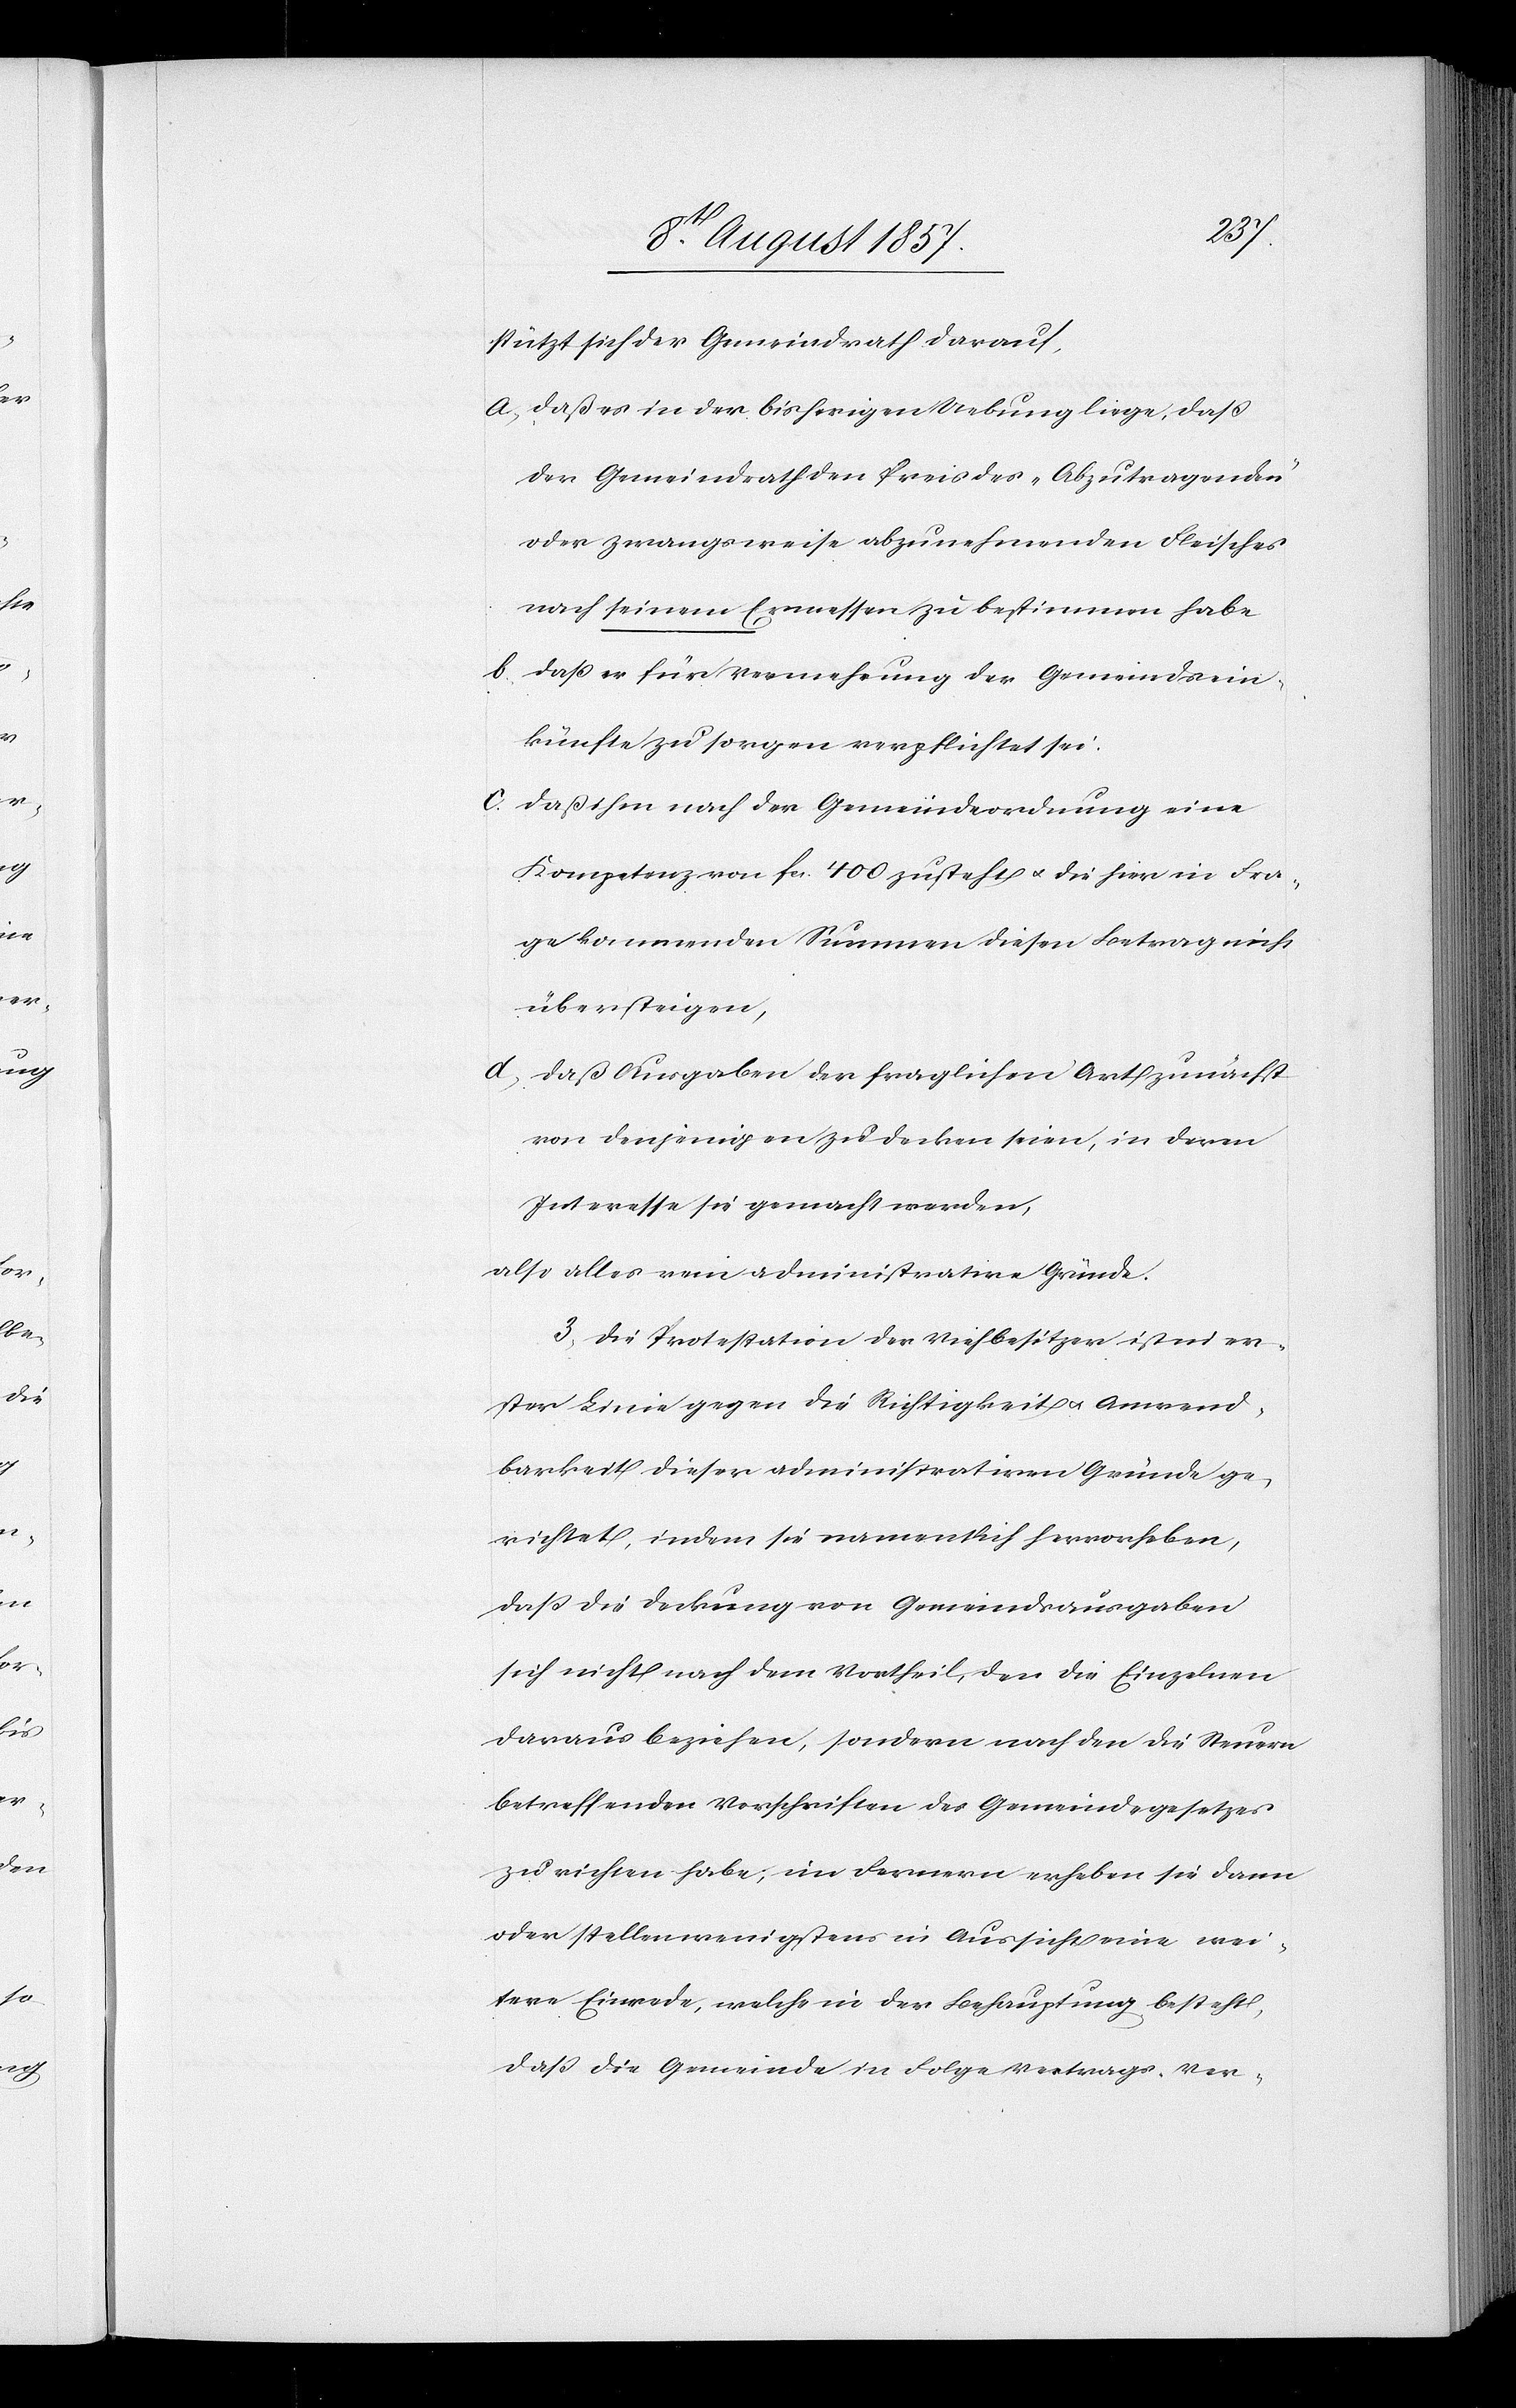
stützt sich der Gemeindrath darauf,
a, daß es in der bisherigen Uebung liege, daß
der Gemeindrath den Preis des „Abzutragenden“
oder zwangsweise abzunehmenden Fleisches
nach seinem Ermessen zu bestimmen habe.
b, daß er für Vermehrung der Gemeindsein¬
künfte zu sorgen verpflichtet sei.
c, daß ihm nach der Gemeindsordnung eine
Kompetenz von fcs 400 zusteht & die hier in Fra¬
ge kommenden Summen diesen Betrag nicht
übersteigen,
d, daß Ausgaben der fraglichen Art zunächst
von denjenigen zu decken seien, in deren
Interesse sie gemacht werden,
also alles rein administrative Gründe.
3, Die Protestation der Viehbesitzer ist in er¬
ster Linie gegen die Richtigkeit & Anwend¬
barkeit dieser administrativen Gründe ge¬
richtet, indem sie namentlich hervorheben,
daß die Deckung von Gemeindsausgaben
sich nicht nach dem Vortheil, den die Einzelnen
daraus beziehen, sondern nach den die Steuern
betreffenden Vorschriften des Gemeindegesetzes
zu richten habe, im Fernern erheben sie dann
oder stellen wenigstens in Aussicht eine wei¬
tere Einrede, welche in der Behauptung besteht,
daß die Gemeinde in Folge Vertrags-Ver-